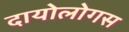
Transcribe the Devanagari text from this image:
दायोलोगस